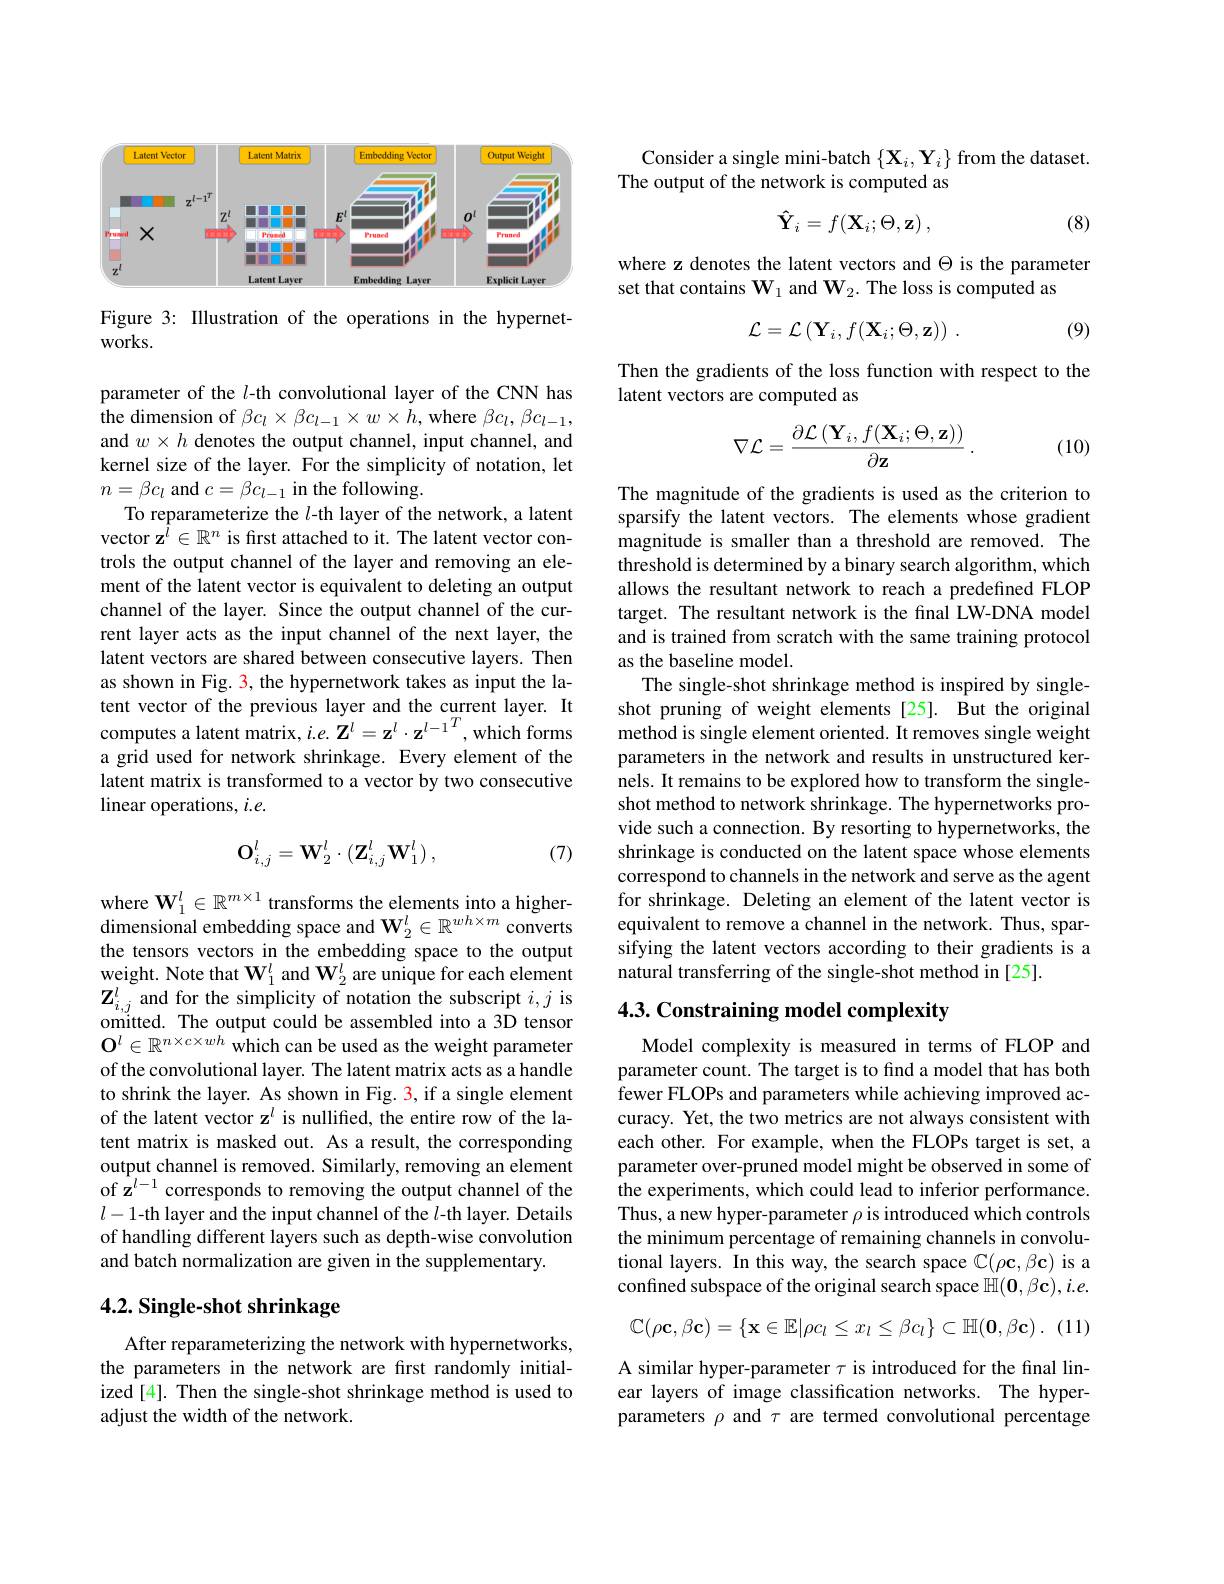
<FigureHere>

Figure 3: Illustration of the operations in the hypernet-
works.

parameter of the $l$-th convolutional layer of the CNN has the dimension of $\beta c_l\times\beta c_{l-1}\times w\times h$, where $\beta c_l,\beta c_{l-1}$, and $w\times h$ denotes the output channel, input channel, and kernel size of the layer. For the simplicity of notation, let $n=\beta c_l$ and $c= \beta c_l- 1\textbf{in the following}.$
To reparameterize the $l$-th layer of the network, a latent vector $\mathbf{z}^{\hat{l}}\in\mathbb{R}^n$ is fırst attached to it. The latent vector controls the output channel of the layer and removing an element of the latent vector is equivalent to deleting an output channel of the layer. Since the output channel of the current layer acts as the input channel of the next layer, the latent vectors are shared between consecutive layers. Then as shown in Fig. 3, the hypernetwork takes as input the latent vector of the previous layer and the current layer. It computes a latent matrix, $i.e.\tilde{\mathbf{Z}}^{l}=\mathbf{z}^{l}\cdot\mathbf{z}^{l-1}^{T}$,which forms a grid used for network shrinkage. Every element of the latent matrix is transformed to a vector by two consecutive linear operations, $i.e.$
$$\mathbf{O}_{i,j}^l=\mathbf{W}_2^l\cdot(\mathbf{Z}_{i,j}^l\mathbf{W}_1^l)\:,$$
(7)

$\begin{array}{l}\mathrm{where~W}_1^l\in\mathbb{R}^{m\times1}\text{transforms the elements into a higher-}\\\mathrm{dimensional~embedding~space~and~}\mathbf{W}_2^l\in\mathbb{R}^{wh\times m}\text{converts}\end{array}$ the tensors vectors in the embedding space to the output weight. Note that $\mathbf{W}_1^l$ and $\mathbf{W}_2^l$ are unique for each element $\mathbf{Z}_{i,j}^l$ and for the simplicity of notation the subscript $i,j$ is omitted. The output could be assembled into a 3D tensor $\mathbf{O}^l\in\mathbb{R}^{n\times c\times wh}$ which can be used as the weight parameter of the convolutional layer. The latent matrix acts as a handle to shrink the layer. As shown in Fig. 3, if a single element of the latent vector z$^l$ is nullified, the entire row of the latent matrix is masked out. As a result, the corresponding output channel is removed. Similarly, removing an element of z$^l-1$ corresponds to removing the output channel of the $l-1$-th layer and the input channel of the $l$-th layer. Details of handling different layers such as depth-wise convolution and batch normalization are given in the supplementary.

## 4.2. Single-shot shrinkage

After reparameterizing the network with hypernetworks, the parameters in the network are first randomly initialized [4]. Then the single-shot shrinkage method is used to adjust the width of the network.

Consider a single mini-batch $\{\mathbf{X}_{i},\mathbf{Y}_{i}\}$ from the dataset.
The output of the network is computed as
$$\mathbf{\hat{Y}}_i=f(\mathbf{X}_i;\Theta,\mathbf{z})\:,$$
(8)

where z denotes the latent vectors and $\Theta$ is the parameter
set that contains $\mathbf{W}_1$ and $\mathbf{W}_2.$ The loss is computed as
$$\mathcal{L}=\mathcal{L}\left(\mathbf{Y}_{i},f(\mathbf{X}_{i};\Theta,\mathbf{z})\right)\:.$$
(9)

Then the gradients of the loss function with respect to the
latent vectors are computed as
$$\nabla\mathcal{L}=\frac{\partial\mathcal{L}\left(\mathbf{Y}_{i},f(\mathbf{X}_{i};\Theta,\mathbf{z})\right)}{\partial\mathbf{z}}\:.$$
(10)

The magnitude of the gradients is used as the criterion to sparsify the latent vectors. The elements whose gradient magnitude is smaller than a threshold are removed. The threshold is determined by a binary search algorithm, which allows the resultant network to reach a predefined FLOP target. The resultant network is the final LW-DNA model and is trained from scratch with the same training protocol as the baseline model.
The single-shot shrinkage method is inspired by singleshot pruning of weight elements[25]. But the original method is single element oriented. It removes single weight parameters in the network and results in unstructured kernels. It remains to be explored how to transform the singleshot method to network shrinkage. The hypernetworks provide such a connection. By resorting to hypernetworks, the shrinkage is conducted on the latent space whose elements correspond to channels in the network and serve as the agent for shrinkage. Deleting an element of the latent vector is equivalent to remove a channel in the network. Thus, sparsifying the latent vectors according to their gradients is a natural transferring of the single-shot method in [25].

### 4.3. Constraining model complexity

Model complexity is measured in terms of FLOP and parameter count. The target is to find a model that has both ${\mathrm{fewer~FLOPs~and~parameters~while~achieving~improved~ac-}}$ curacy. Yet, the two metrics are not always consistent with each other. For example, when the FLOPs target is set, a parameter over-pruned model might be observed in some of the experiments, which could lead to inferior performance. Thus, a new hyper- parameter $\rho$ is introduced which controls the minimum percentage of remaining channels in convolutional layers. In this way, the search space $\mathbb{C}(\rho\mathbf{c},\beta\mathbf{c})$ is a confined subspace of the original search space $\mathbb{H}(\mathbf{0},\beta\mathbf{c}),i.e.$

(11)
$$\mathbb{C}(\rho\mathbf{c},\beta\mathbf{c})=\{\mathbf{x}\in\mathbb{E}|\rho c_l\leq x_l\leq\beta c_l\}\subset\mathbb{H}(\mathbf{0},\beta\mathbf{c})\:.$$
A similar hyper-parameter $\tau$ is introduced for the final linear layers of image classification networks. The hyperparameters $\rho$ and $\tau$ are termed convolutional percentage